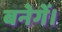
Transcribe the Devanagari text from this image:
बनेगें।